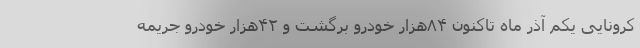
کرونایی یکم آذر ماه تاکنون ۸۴هزار خودرو برگشت و ۴۲هزار خودرو جریمه